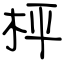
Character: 枰